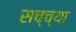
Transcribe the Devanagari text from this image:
सच्च्या